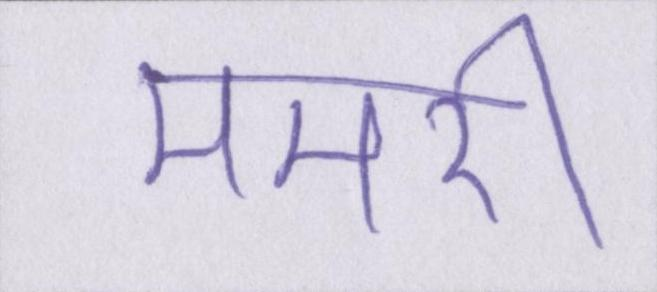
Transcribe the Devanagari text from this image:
ममेरी